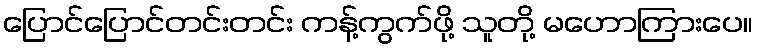
ပြောင်ပြောင်တင်းတင်း ကန့်ကွက်ဖို့ သူတို့ မဟောကြားပေ။